Annual report of the Civil Veterinary Department, Bengal, and of the Bengal Veterinary College for the year 1903-1904 - 1903-1904
Year: 1903
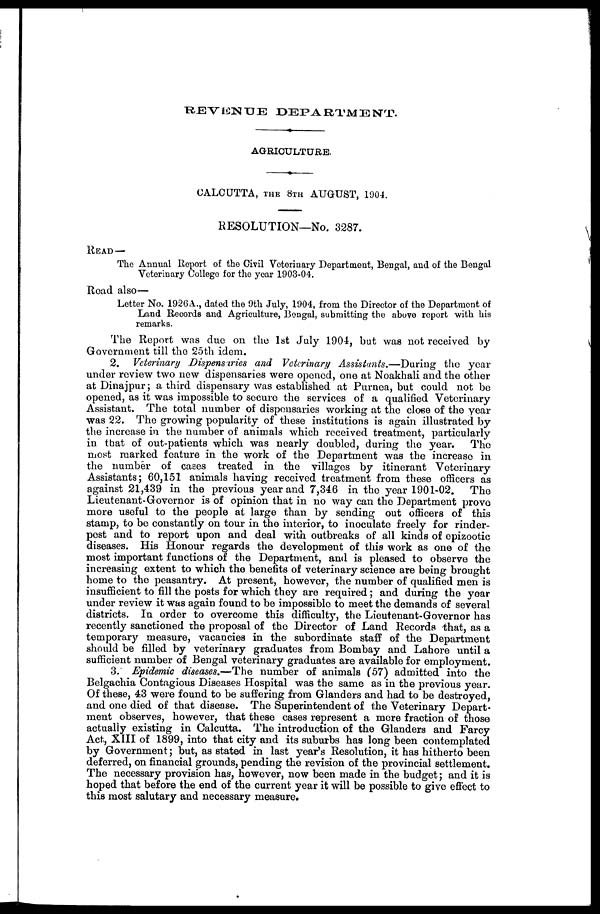
REVENUE
DEPARTMENT.
AGRICULTURE.
CALCUTTA, THE 8TH AUGUST, 1904.
RESOLUTION—No. 3287.
READ—
The Annual Report of the Civil Veterinary Department, Bengal, and of the Bengal
Veterinary College for the year 1903-04.
Read also—
Letter No. 1926A., dated the 9th July, 1904, from the Director of the Department of
Land Records and Agriculture, Bengal, submitting the above report with his
remarks.
The Report was due on the 1st July 1904, but was not received by
Government till the 25th idem.
2. Veterinary Dispensaries and Veterinary Assistants.—During
the year
under review two new dispensaries were opened, one at Noakhali and the other
at Dinajpur; a third dispensary was established at Purnea, but could not be
opened, as it was impossible to secure the services of a qualified Veterinary
Assistant. The total number of dispensaries working at the close of the year
was 22. The growing popularity of these institutions is again illustrated by
the increase in the number of animals which received treatment, particularly
in that of out-patients which was nearly doubled, during the year.
The
most marked feature in the work of the Department was the increase in
the number of cases treated in the villages by itinerant Veterinary
Assistants; 60,151 animals having received treatment from these officers as
against 21,439 in the previous year and 7,346 in the year 1901-02.
The
Lieutenant-Governor is of opinion that in no way can the Department prove
more useful to the people at large than by sending out officers of this
stamp, to be constantly on tour in the interior, to inoculate freely for rinder-
pest and to report upon and deal with outbreaks of all kinds of epizootic
diseases. His Honour regards the development of this work as one of the
most important functions of the Department, and is pleased to observe the
increasing extent to which the benefits of veterinary science are being brought
home to the peasantry. At present, however, the number of qualified men is
insufficient to fill the posts for which they are required; and during the year
under review it was again found to be impossible to meet the demands of several
districts. In order to overcome this difficulty, the Lieutenant-Governor has
recently sanctioned the proposal of the Director of Land Records that, as a
temporary measure, vacancies in the subordinate staff of the Department
should be filled by veterinary graduates from Bombay and Lahore until a
sufficient number of Bengal veterinary graduates are available for employment.
3. Epidemic diseases.—The number of animals (57) admitted into the
Belgachia Contagious Diseases Hospital was the same as in the previous year.
Of these, 43 were found to be suffering from Glanders and had to be destroyed,
and one died of that disease. The Superintendent of the Veterinary Depart-
ment observes, however, that these cases represent a mere fraction of those
actually existing in Calcutta. The introduction of the Glanders and Farcy
Act, XIII of 1899, into that city and its suburbs has long been contemplated
by Government; but, as stated in last year's Resolution, it has hitherto been
deferred, on financial grounds, pending the revision of the provincial settlement.
The necessary provision has, however, now been made in the budget; and it is
hoped that before the end of the current year it will be possible to give effect to
this most salutary and necessary measure.